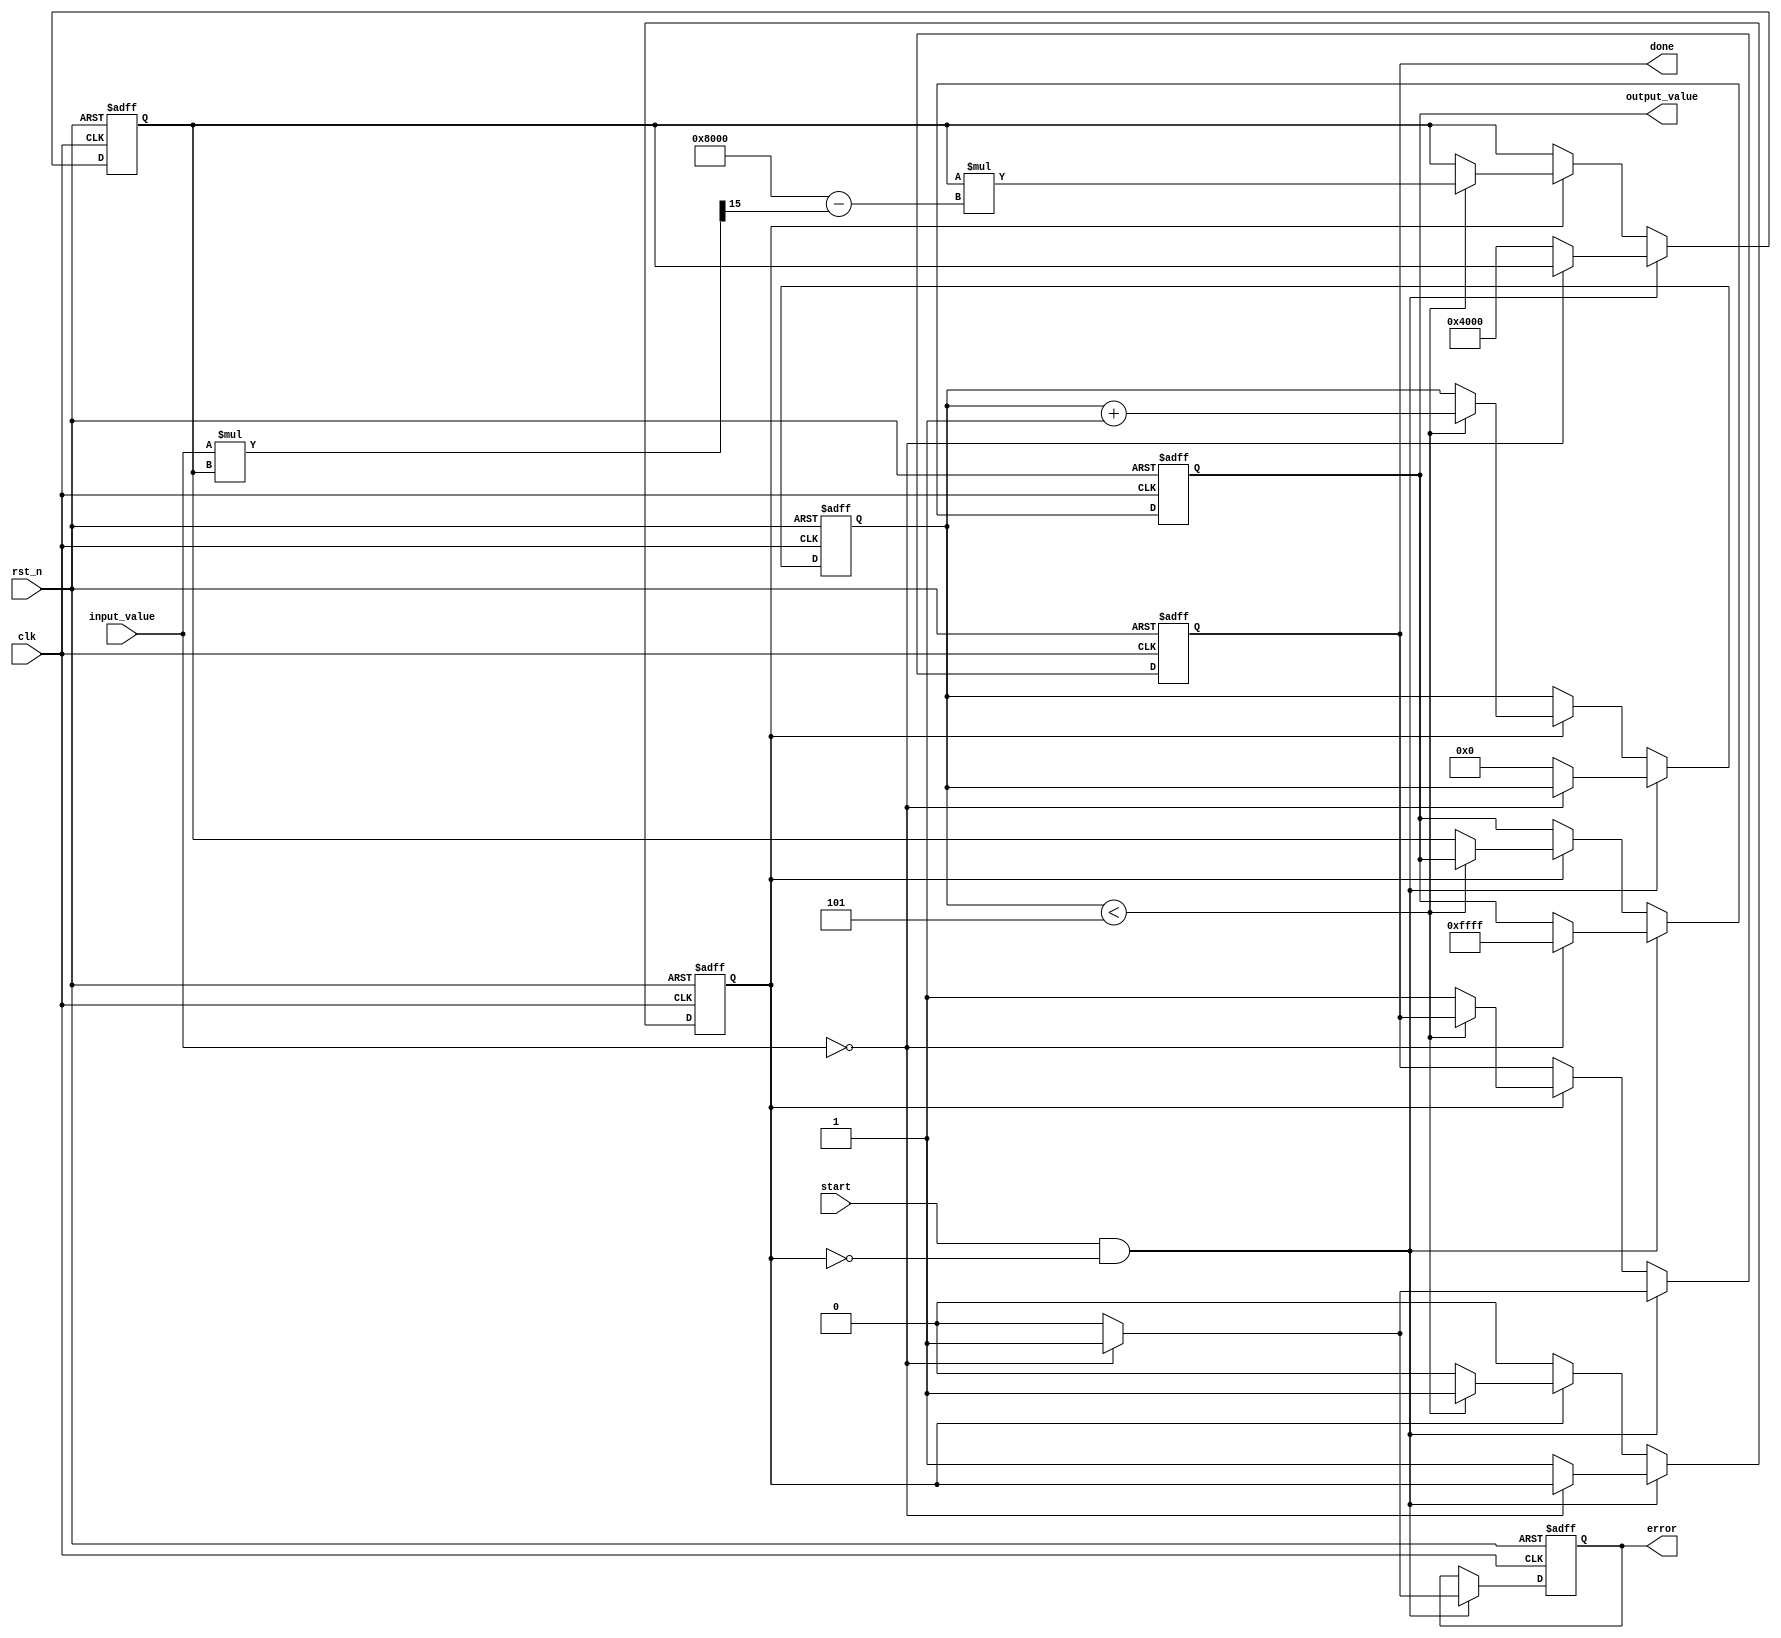
module ReciprocalUnit (
    input  wire        clk,         // Clock signal
    input  wire        rst_n,       // Active low reset
    input  wire [15:0] input_value, // Fixed-point input value (0 to 1)
    input  wire        start,       // Start signal
    output reg  [15:0] output_value, // Output value (reciprocal)
    output reg         done,        // Done signal
    output reg         error        // Error signal (for zero input)
);

    reg [15:0] approx; // Initial approximation of reciprocal
    reg [3:0]  count;  // Iteration counter
    reg        busy;    // Busy flag

    // State machine for control
    always @(posedge clk or negedge rst_n) begin
        if (!rst_n) begin
            output_value <= 16'b0;
            done <= 1'b0;
            error <= 1'b0;
            approx <= 16'b0;
            count <= 4'b0;
            busy <= 1'b0;
        end else if (start && !busy) begin
            if (input_value == 16'b0) begin
                // Handle zero input case
                output_value <= 16'hFFFF; // Output max value (representing infinity)
                error <= 1'b1; // Set error flag
                done <= 1'b1;
            end else begin
                // Initialize the reciprocal calculation
                approx <= 16'h4000; // Initial approximation (1.0 in fixed-point)
                count <= 4'b0;
                busy <= 1'b1;
                error <= 1'b0;
                done <= 1'b0;
            end
        end else if (busy) begin
            if (count < 4'd5) begin // Limit iterations to avoid infinite loops
                approx <= approx * (16'h8000 - (input_value * approx >> 15)); // Newton-Raphson update
                count <= count + 1;
            end else begin
                output_value <= approx; // Finished calculation, store result
                done <= 1'b1;
                busy <= 1'b0;
            end
        end
    end

endmodule